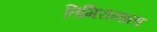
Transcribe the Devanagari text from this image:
तिमिरान्धता